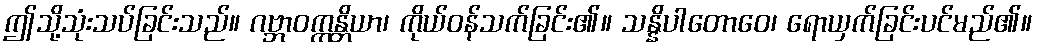
ဤသို့သုံးသပ်ခြင်းသည်။ ဂဗ္ဘာဝက္ကန္တိယာ၊ ကိုယ်ဝန်သက်ခြင်း၏။ သန္နိပါတောဝေ၊ ရောယှက်ခြင်းပင်မည်၏။